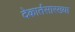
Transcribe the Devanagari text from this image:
देकार्तसारख्या